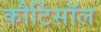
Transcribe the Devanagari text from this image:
कौर्टिसॉल